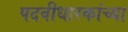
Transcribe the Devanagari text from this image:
पदवीधारकांच्या